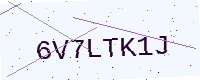
Text: 6V7LTK1J